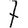
Digit: 7